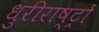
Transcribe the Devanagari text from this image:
धुरीराष्ट्रों